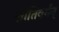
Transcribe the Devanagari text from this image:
शांतिवर्मन्